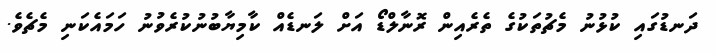
ދަނޑުގައި ކުޅުނު މެޗުތަކުގެ ތެރެއިން ރޮނާލްޑޯ އަށް ލަނޑެއް ކާމިޔާބުނުކުރެވުނު ހަމައެކަނި މެޗެވެ.